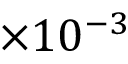
\times 1 0 ^ { - 3 }